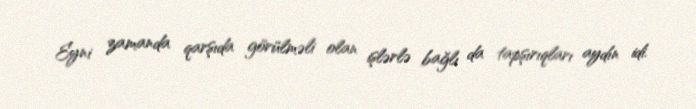
Eyni zamanda qarşıda görülməli olan işlərlə bağlı da tapşırıqları aydın idi.